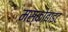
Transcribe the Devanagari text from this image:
मस्कोबाइट